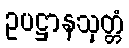
ဥပဋ္ဌာနသုတ္တံ